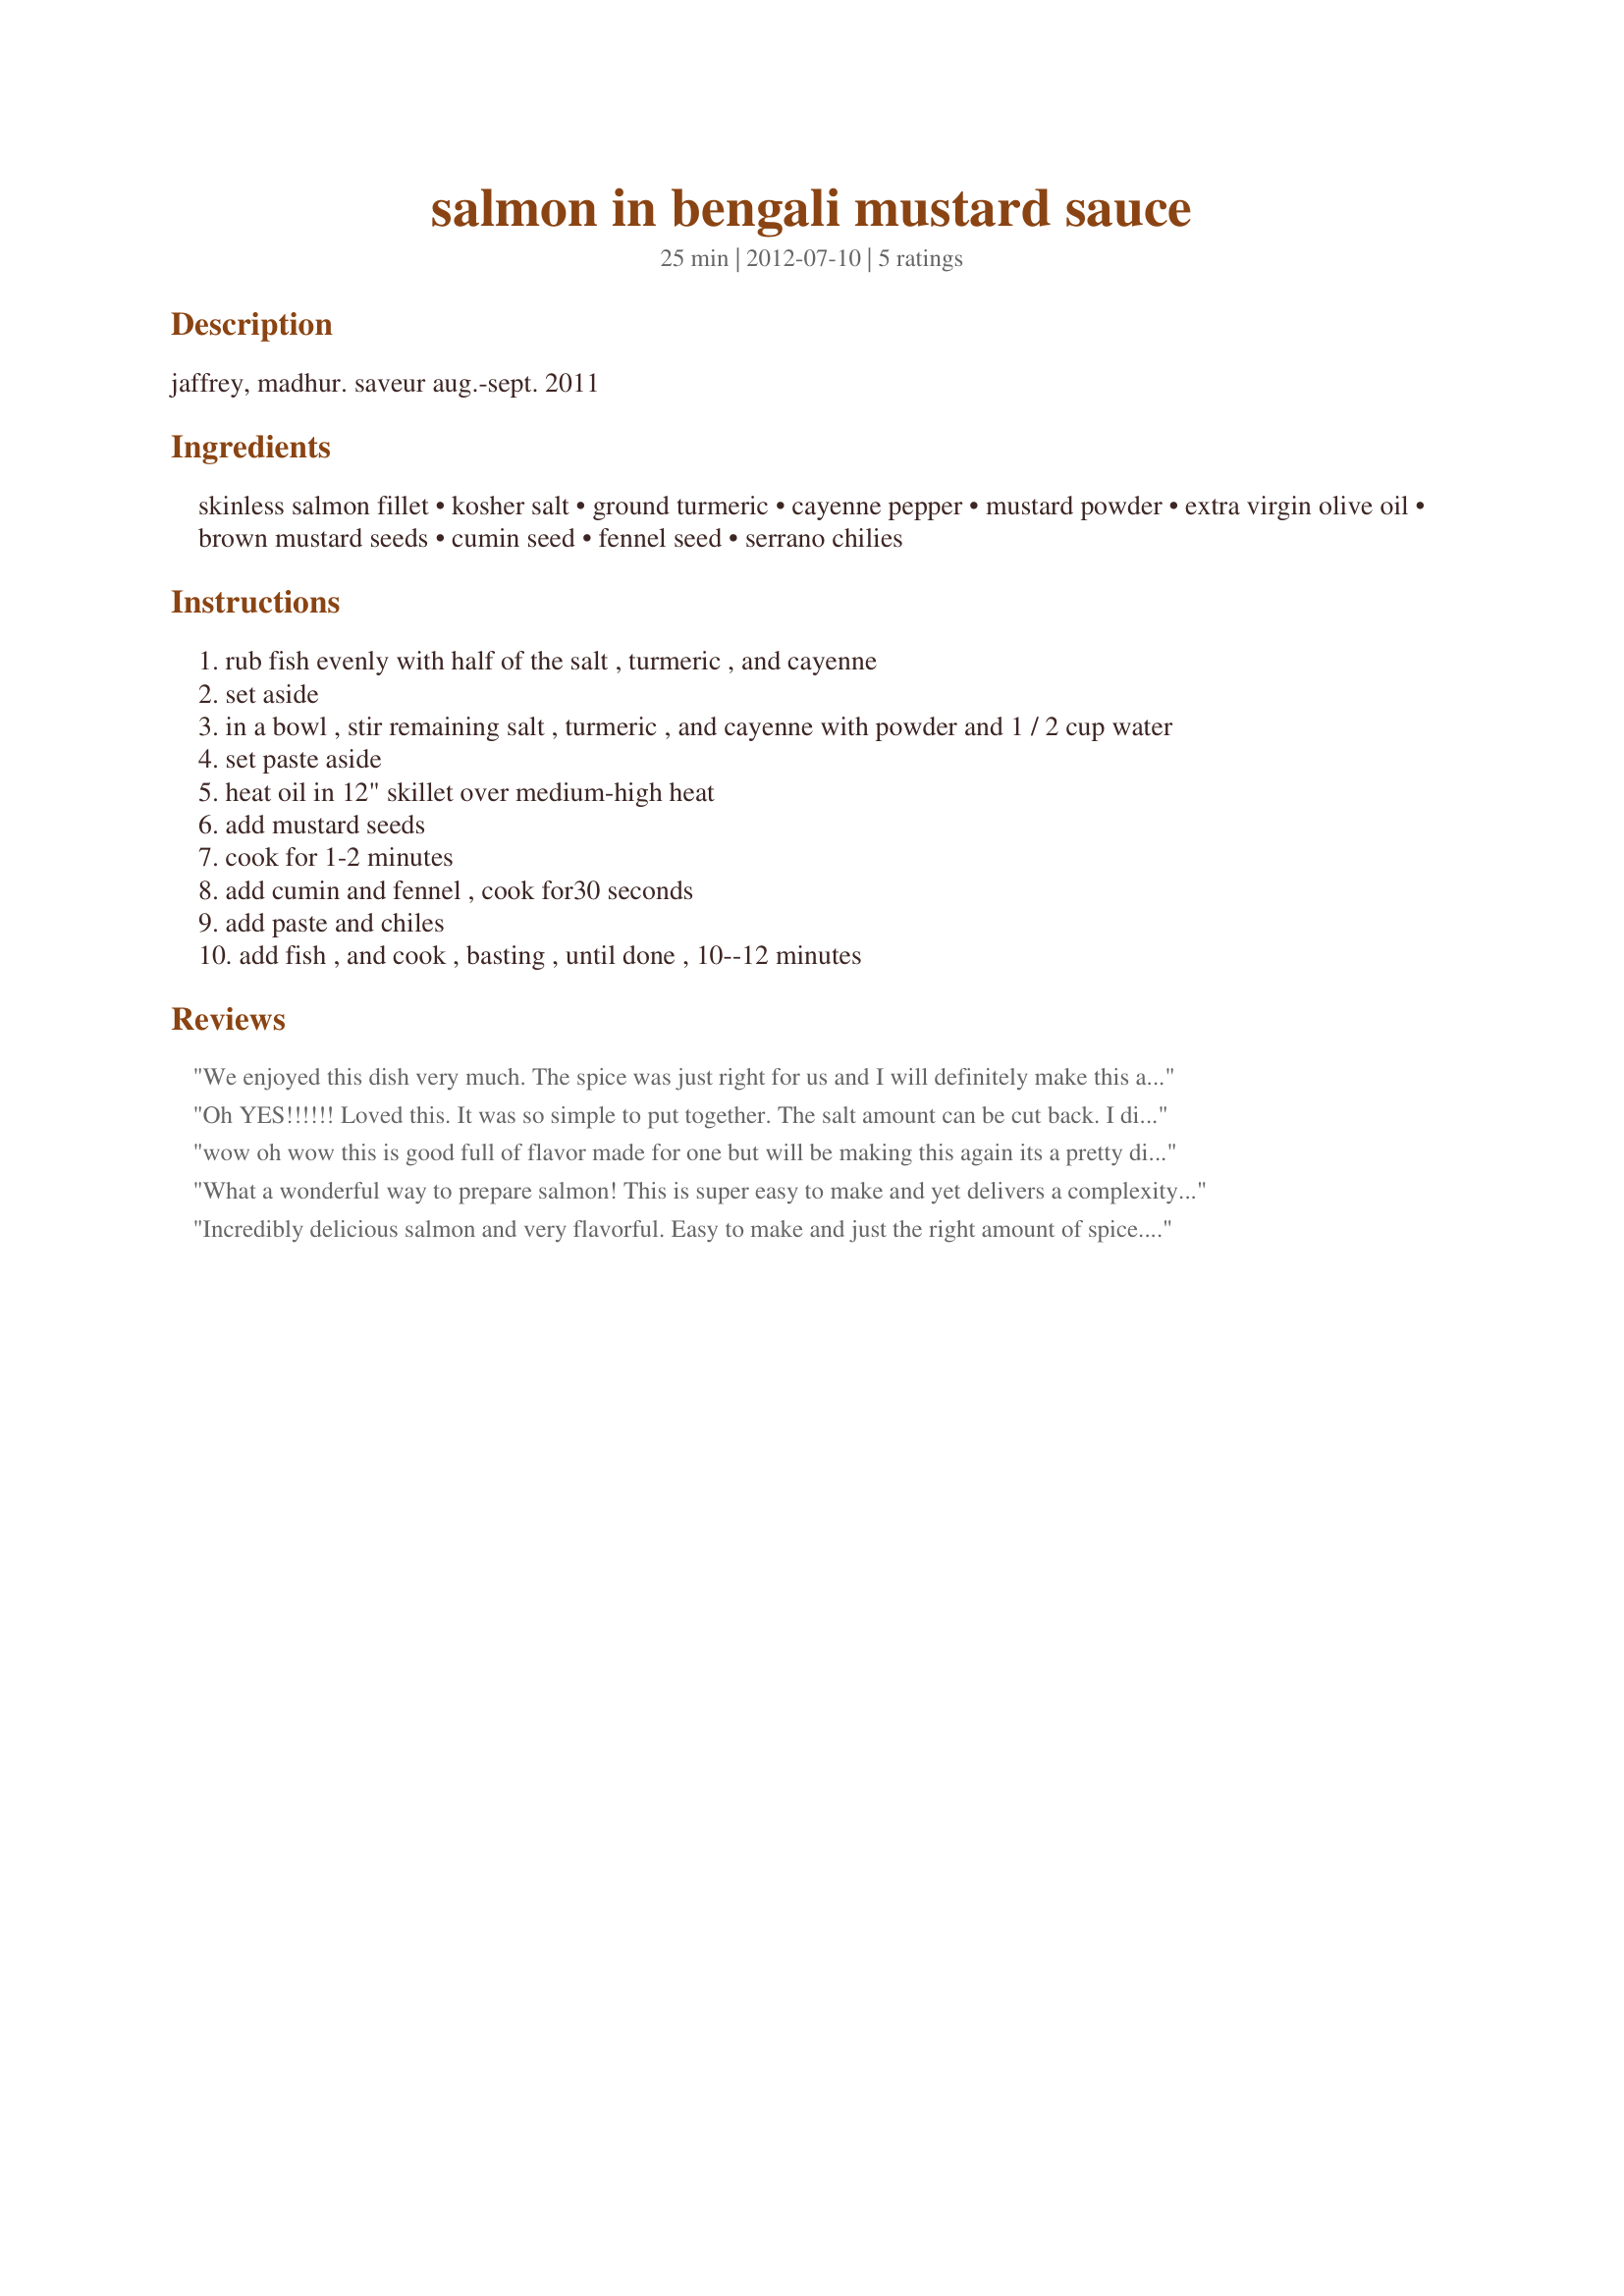
salmon in bengali mustard sauce
Preparation time: 25 minutes

jaffrey, madhur. saveur aug.-sept. 2011

Ingredients:
skinless salmon fillet, kosher salt, ground turmeric, cayenne pepper, mustard powder, extra virgin olive oil, brown mustard seeds, cumin seed, fennel seed, serrano chilies

Steps:
rub fish evenly with half of the salt , turmeric , and cayenne
set aside
in a bowl , stir remaining salt , turmeric , and cayenne with powder and 1 / 2 cup water
set paste aside
heat oil in 12" skillet over medium-high heat
add mustard seeds
cook for 1-2 minutes
add cumin and fennel , cook for30 seconds
add paste and chiles
add fish , and cook , basting , until done , 10--12 minutes

Reviews:
We enjoyed this dish very much. The spice was just right for us and I will definitely make this again. Thanks for posting the recipe.
Oh YES!!!!!! Loved this. It was so simple to put together. The salt amount can be cut back. I did use coconut oil for the olive oil. I was surprised to see Serrano chili used here. I expected more of a thin long green chili. But it worked. Thanks. Made for Lively Lemon Lovelies of ZWT #8.<br/>Namaste
wow oh wow this is good full of flavor made for one but will be making this again its a pretty dish also made with momphet rice and deantinis raita good stuff zaar 8 world tour
What a wonderful way to prepare salmon! This is super easy to make and yet delivers a complexity of flavor! I did find that, after I added the salmon, the sauce was evaporating quickly. I had to keep adding water to the pan, and eventually covered it to retain some moisture. The end result was perfect, though, and we will definitely be making this again. Thanks for sharing!
Incredibly delicious salmon and very flavorful. Easy to make and just the right amount of spice. I would suggest using your vent hood fan as these spices are very pungent and do take on a life of their own. I would love to find a way to grill the salmon outdoors vs. cooking it indoors. I will definitely make it again. Made for the Best of the 2012 tag.
